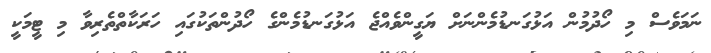
ނަމަވެސް މި ހޯދުމުން އަޅުގަނޑުމެންނަށް ޔަގީންވެއްޖެ އަޅުގަނޑުމެންގެ ހޯދުންތަކުގައި ހަރަކާތްތެރިވާ މި ޓީމަކީ